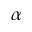
\boldsymbol { \alpha }